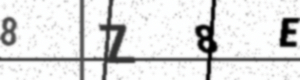
Text: 8Z8E